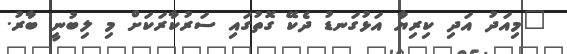
"މިއަދު އަދި ކިރިޔާ އަޅުގަނޑު ދެކޭ ގޮތުގައި ސަރުކާރަކަށް މި ލިބުނީ ބާރު.